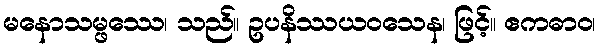
မနောသမ္ဖဿေ၊ သည်။ ဥပနိဿယဝသေန၊ ဖြင့်။ ဧကဓာဝ၊